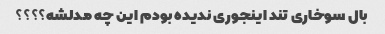
بال سوخاری تند اینجوری ندیده بودم این چه مدلشه؟؟؟؟